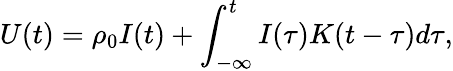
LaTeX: U(t)=\rho_{0}I(t)+\int_{-\infty}^{t}I(\tau)K(t-\tau)d\tau,